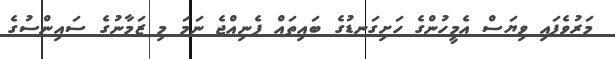
މަރުވެފައި ވިޔަސް އެމީހުންގެ ހަށިގަނޑުގެ ބައިތައް ފެނިއްޖެ ނަމަ މި ޒަމާނުގެ ސައިންސުގެ